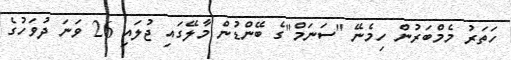
ހަތަރު މެމްބަރުން ހިމެނޭ "ސަނަމް"ގެ ބޭންޑުން މާލޭގައި ޖުލައި 26 ވަނަ ދުވަހުގެ